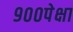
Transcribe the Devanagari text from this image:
९००पेक्षा